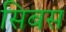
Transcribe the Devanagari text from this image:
सिबस